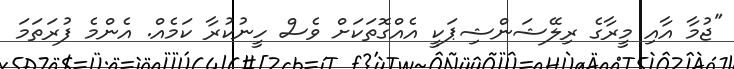
"ޖުމާ އާއި މީރާގެ ރިލޭޝަންޝިޕަކީ އެއްގޮތަކަށް ވެސް ހީނުކުރާ ކަމެއް. އެންމެ ފުރަތަމަ